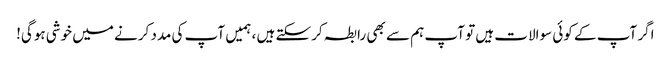
اگر آپ کے کوئی سوالات ہیں تو آپ ہم سے بھی رابطہ کرسکتے ہیں ، ہمیں آپ کی مدد کرنے میں خوشی ہوگی!